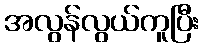
အလွန်လွယ်ကူပြီး